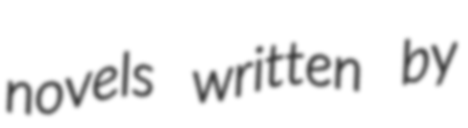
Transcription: novels written by